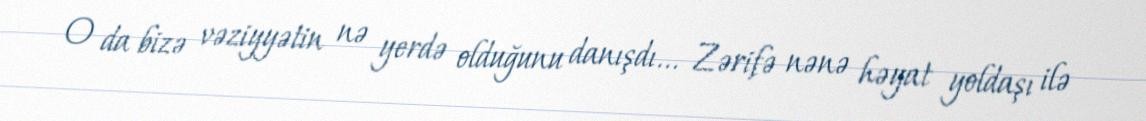
O da bizə vəziyyətin nə yerdə olduğunu danışdı... Zərifə nənə həyat yoldaşı ilə